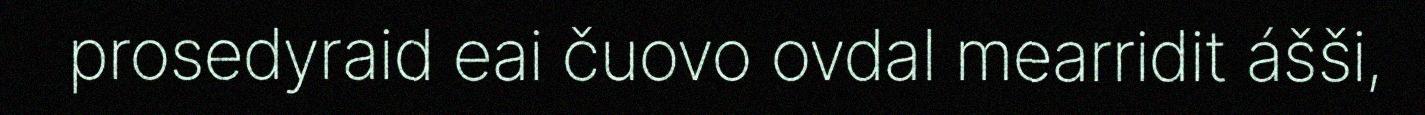
prosedyraid eai čuovo ovdal mearridit ášši,